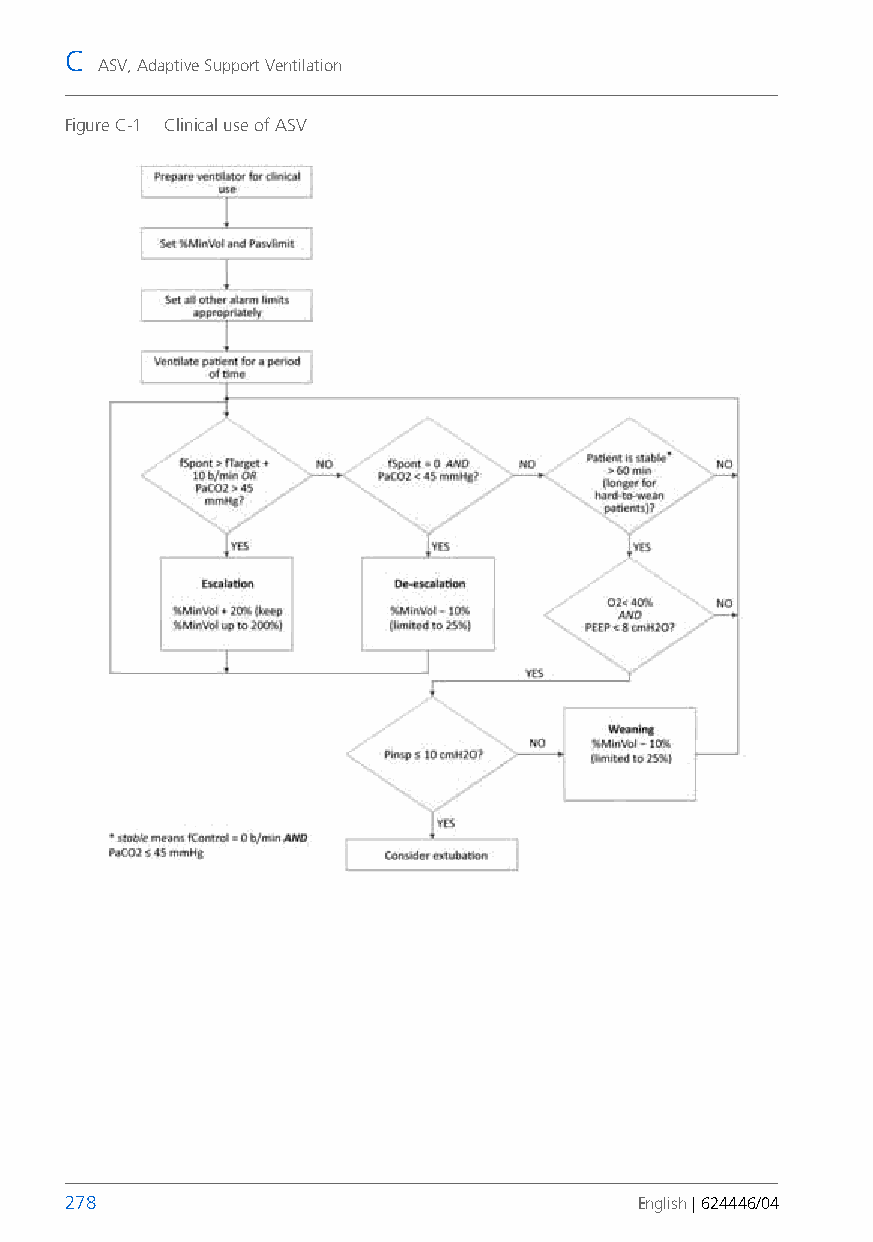
C
 ASV, Adaptive Support Ventilation
 Figure C-1 Clinical use of ASV
 278                                   English | 624446/04